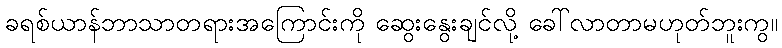
ခရစ်ယာန်ဘာသာတရားအကြောင်းကို ဆွေးနွေးချင်လို့ ခေါ်လာတာမဟုတ်ဘူးကွ။